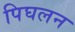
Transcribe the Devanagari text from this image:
पिघलन